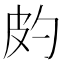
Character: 𤿉